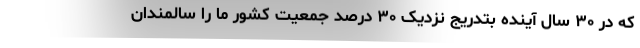
که در ۳۰ سال آینده بتدریج نزدیک ۳۰ درصد جمعیت کشور ما را سالمندان